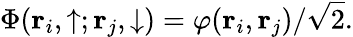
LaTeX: \Phi(\mathbf{r}_{i},\uparrow;\mathbf{r}_{j},\downarrow)=\varphi(\mathbf{r}_{i},\mathbf{r}_{j})/\sqrt{2}.